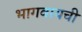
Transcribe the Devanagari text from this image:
भागवायची